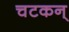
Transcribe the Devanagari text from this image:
चटकन्